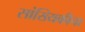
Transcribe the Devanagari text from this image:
सांख्यिकीचा